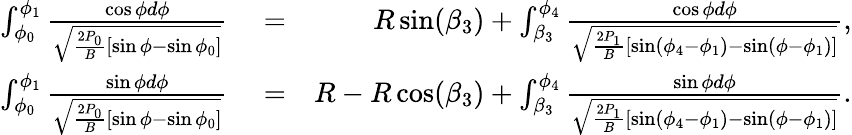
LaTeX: \begin{array}{rlr}{\int_{\phi_{0}}^{\phi_{1}}\frac{\cos\phi d\phi}{\sqrt{\frac{2P_{0}}{B}[\sin\phi-\sin\phi_{0}]}}}&{{}=}&{R\sin(\beta_{3})+\int_{\beta_{3}}^{\phi_{4}}\frac{\cos\phi d\phi}{\sqrt{\frac{2P_{1}}{B}[\sin(\phi_{4}-\phi_{1})-\sin(\phi-\phi_{1})]}},}\\ {\int_{\phi_{0}}^{\phi_{1}}\frac{\sin\phi d\phi}{\sqrt{\frac{2P_{0}}{B}[\sin\phi-\sin\phi_{0}]}}}&{{}=}&{R-R\cos(\beta_{3})+\int_{\beta_{3}}^{\phi_{4}}\frac{\sin\phi d\phi}{\sqrt{\frac{2P_{1}}{B}[\sin(\phi_{4}-\phi_{1})-\sin(\phi-\phi_{1})]}}.}\end{array}